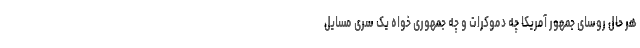
هر حال روسای جمهور آمریکا چه دموکرات و چه جمهوری خواه یک سری مسایل